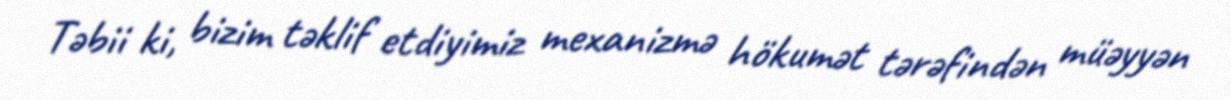
Təbii ki, bizim təklif etdiyimiz mexanizmə hökumət tərəfindən müəyyən